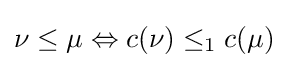
\nu \leq \mu \Leftrightarrow c(\nu )\leq _{1}c(\mu )